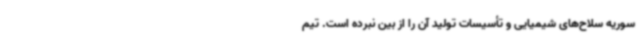
سوریه سلاح‌های شیمیایی و تأسیسات تولید آن را از بین نبرده است. تیم